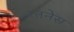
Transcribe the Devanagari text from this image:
रतनेस